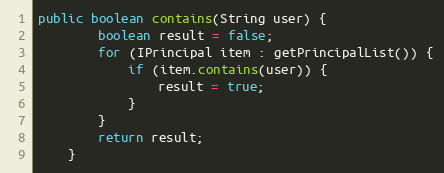
Language: Java
public boolean contains(String user) {
        boolean result = false;
        for (IPrincipal item : getPrincipalList()) {
            if (item.contains(user)) {
                result = true;
            }
        }
        return result;
    }